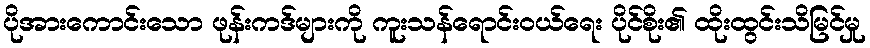
ပိုအားကောင်းသော ဖုန်းကဒ်များကို ကူးသန်ရောင်းဝယ်ရေး ပိုင်စိုး၏ ထိုးထွင်းသိမြင်မှု